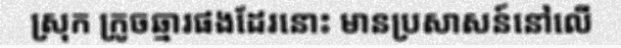
ស្រុក ក្រូចឆ្មារផងដែរនោះ មានប្រសាសន៍នៅលើ